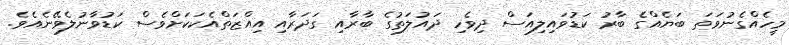
މީހެއްގެނުވަތަ ބަޔެއްގެ ބާރު ކަޑުވައިލިއަސް ދިވެހި ދައުލަތުގެ ބާރާއި ގަދަރާއި އިއްޒަތްއެކަކަށްވެސް ކަޑުވާނުލެވޭނެއެވެ.